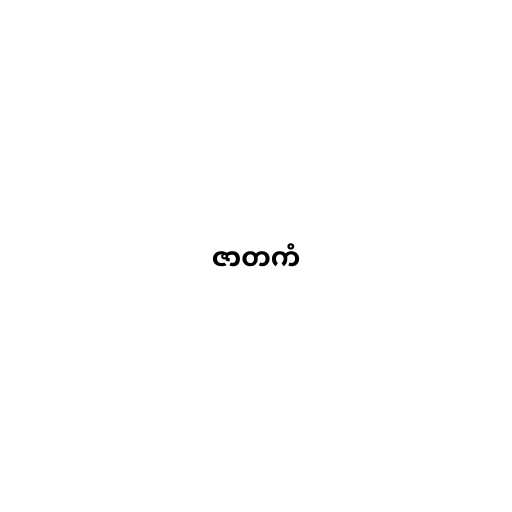
ဇာတကံ